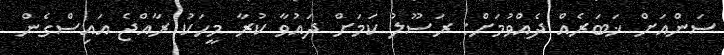
ސަންއަށް ޚަބަރެއް ދެއްވުމަށް: ރަސޫލު ކަމަށް ދައުވާ ކުރާ މީހަކު ރާއްޖެ އައިސްގެން